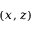
( x , z )